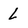
Character: L